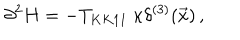
LaTeX: \partial ^ { 2 } H = - T _ { K K 1 1 } \ \kappa \delta ^ { ( 3 ) } ( \vec { x } ) \, ,